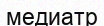
медиатр